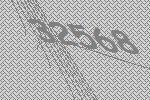
32568